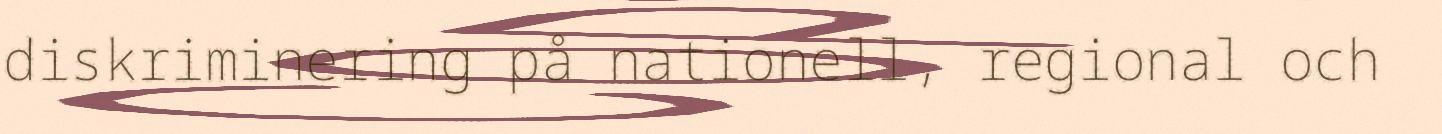
diskriminering på nationell, regional och